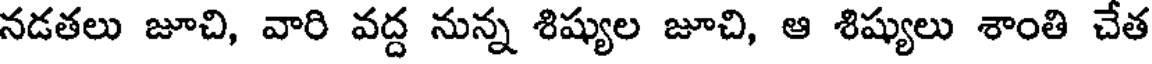
నడతలు జూచి, వారి వద్ద నున్న శిష్యుల జూచి, ఆ శిష్యులు శాంతి చేత